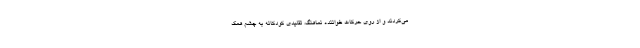
می‌کردند و از روی حرکات خواننده نماهنگ، تقلیدی کودکانه به چشم همک